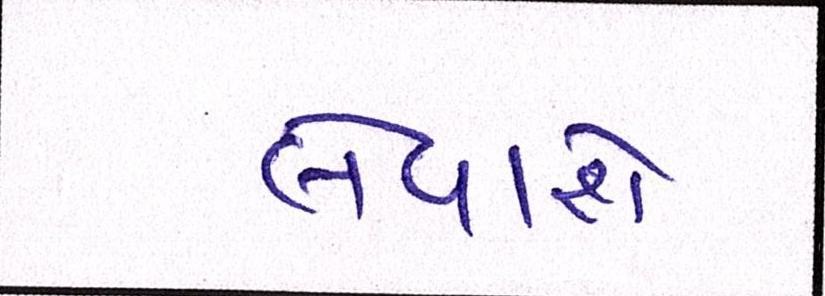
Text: લેવાશે